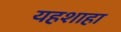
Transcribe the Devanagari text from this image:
यहशाहा